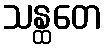
သန္ထတေ